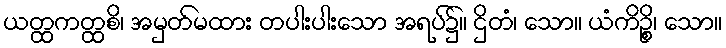
ယတ္ထကတ္ထစိ၊ အမှတ်မထား တပါးပါးသော အရပ်၌။ ဌိတံ၊ သော။ ယံကိဉ္စိ၊ သော။